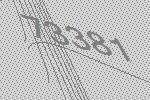
73381